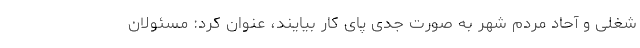
شغلی و آحاد مردم شهر به صورت جدی پای کار بیایند، عنوان کرد: مسئولان